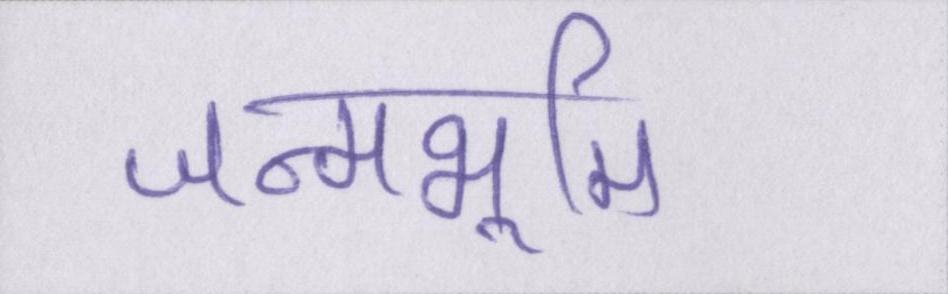
जन्मभूमि